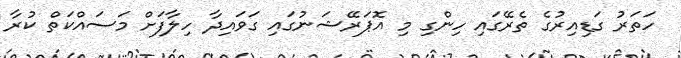
ހަތަރު ގަޑިއިރުގެ ތެރޭގައި ހިންގި މި އޮޕަރޭޝަނުގައި ގަވައިދާ ހިލާފަށް މަސައްކަތް ކުރާ